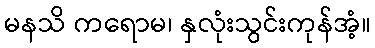
မနသိ ကရောမ၊ နှလုံးသွင်းကုန်အံ့။